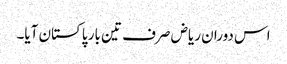
اس دوران ریاض صرف تین بار پاکستان آیا۔